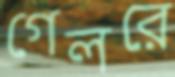
গেলরে